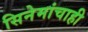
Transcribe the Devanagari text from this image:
सिनेमांचाही